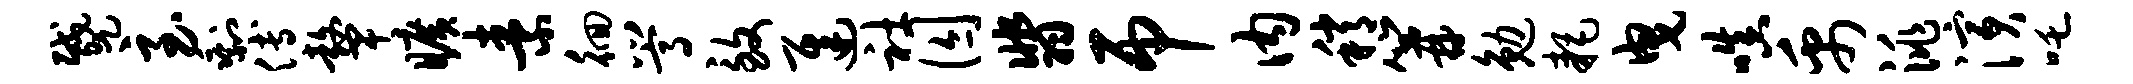
蹙至剩傅鼙旷素徊嵩致迟社囚翡吊内稍篝勉耗曳嗔禹洮演吒